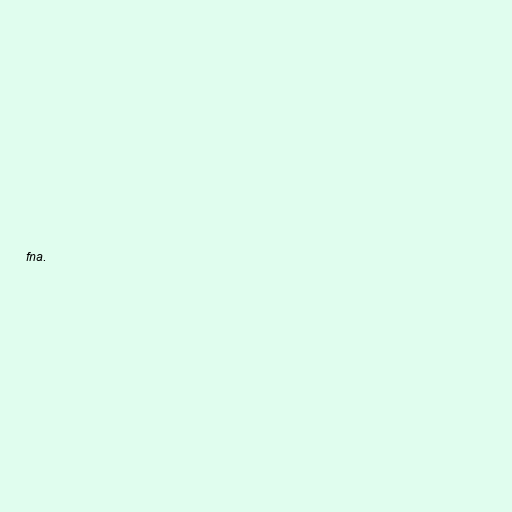
fna.